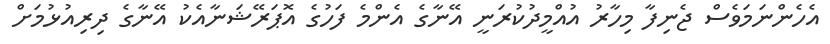
އެހެންނަމަވެސް ޖެނިފާ މިހާރު އުއްމީދުކުރަނީ އޭނާގެ އެންމެ ފަހުގެ އޮޕަރޭޝަނާއެކު އޭނާގެ ދިރިއުޅުމަށް